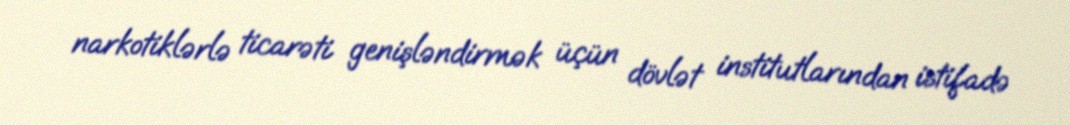
narkotiklərlə ticarəti genişləndirmək üçün dövlət institutlarından istifadə